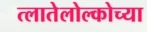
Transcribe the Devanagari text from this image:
त्लातेलोल्कोच्या